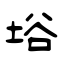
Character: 﨏